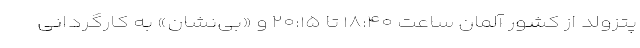
پتزولد از کشور آلمان ساعت ۱۸:۴۰ تا ۲۰:۱۵ و «بی‌نشان» به کارگردانی